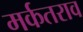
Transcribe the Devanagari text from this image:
मर्कतराव